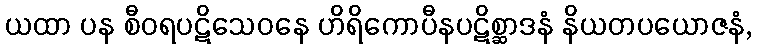
ယထာ ပန စီဝရပဋိသေဝနေ ဟိရိကောပီနပဋိစ္ဆာဒနံ နိယတပယောဇနံ,